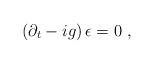
LaTeX: \begin{align*}\left( \partial _{t}-ig\right) \epsilon =0 \ ,\end{align*}